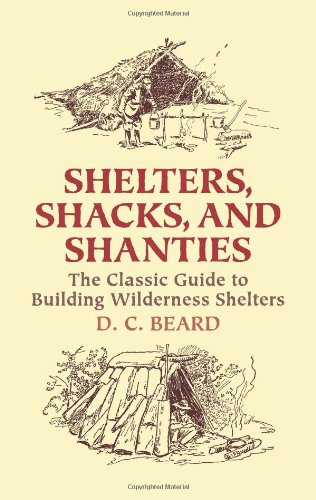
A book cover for Shelters, Shacks, and Shanties: The Classic Guide to Building Wilderness Shelters (Dover Books on Architecture); D. C. Beard; Engineering & Transportation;